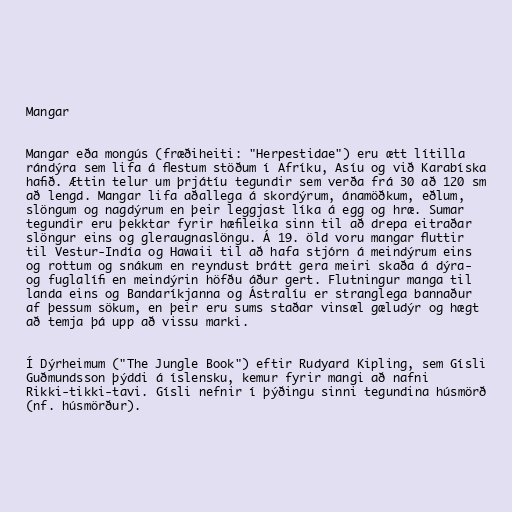
Mangar

Mangar eða mongús (fræðiheiti: "Herpestidae") eru ætt lítilla
rándýra sem lifa á flestum stöðum í Afríku, Asíu og við Karabíska
hafið. Ættin telur um þrjátíu tegundir sem verða frá 30 að 120 sm
að lengd. Mangar lifa aðallega á skordýrum, ánamöðkum, eðlum,
slöngum og nagdýrum en þeir leggjast líka á egg og hræ. Sumar
tegundir eru þekktar fyrir hæfileika sinn til að drepa eitraðar
slöngur eins og gleraugnaslöngu. Á 19. öld voru mangar fluttir
til Vestur-Indía og Hawaii til að hafa stjórn á meindýrum eins
og rottum og snákum en reyndust brátt gera meiri skaða á dýra-
og fuglalífi en meindýrin höfðu áður gert. Flutningur manga til
landa eins og Bandaríkjanna og Ástralíu er stranglega bannaður
af þessum sökum, en þeir eru sums staðar vinsæl gæludýr og hægt
að temja þá upp að vissu marki.

Í Dýrheimum ("The Jungle Book") eftir Rudyard Kipling, sem Gísli
Guðmundsson þýddi á íslensku, kemur fyrir mangi að nafni
Rikki-tikki-tavi. Gísli nefnir í þýðingu sinni tegundina húsmörð
(nf. húsmörður).